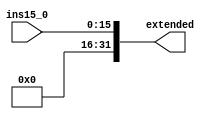
module extend (input [15:0] ins15_0, 
					output reg [31:0]extended);

	
	always @(ins15_0) begin
		extended = ins15_0;
	end
endmodule